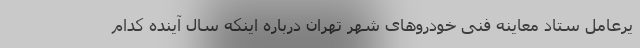
یرعامل ستاد معاینه فنی خودروهای شهر تهران درباره اینکه سال آینده کدام